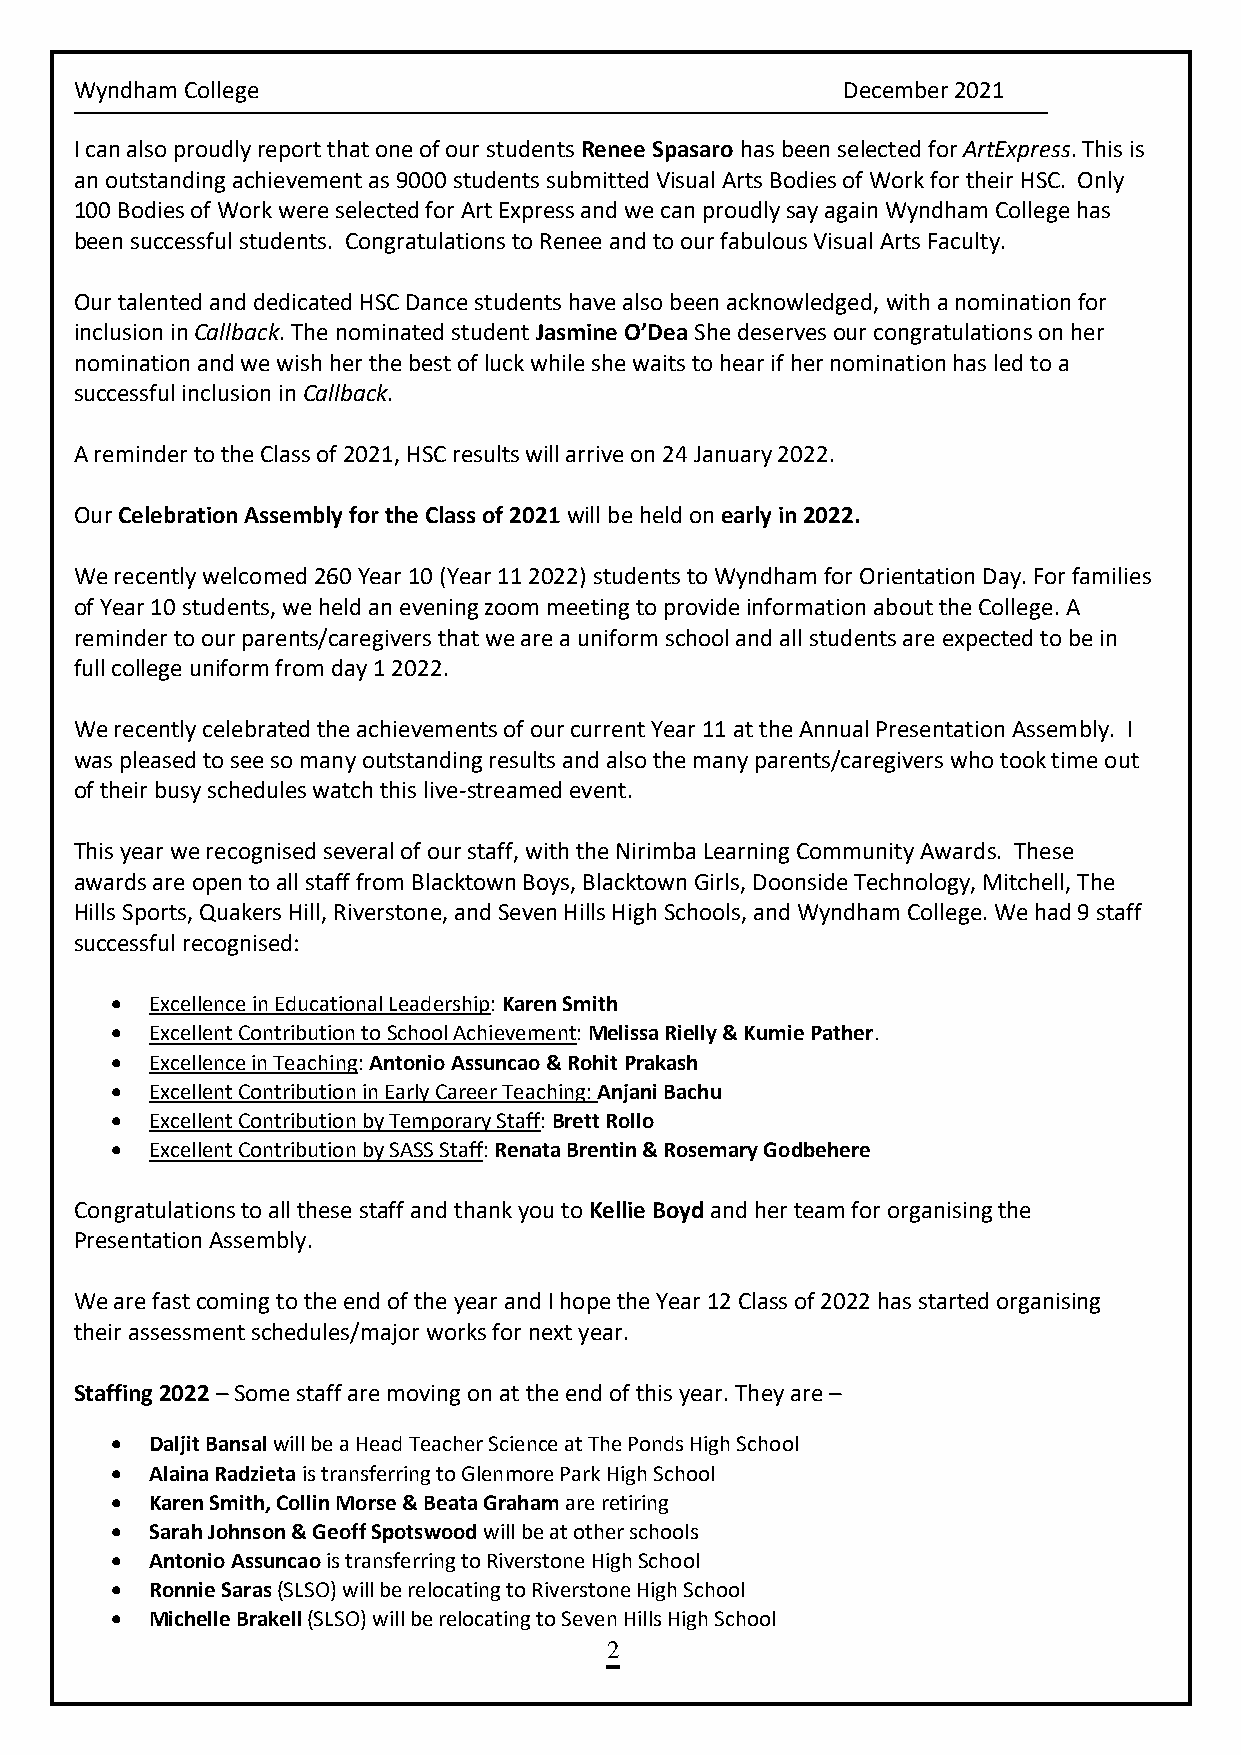
Wyndham College                                    December 2021
 I can also proudly report that one of our students Renee Spasaro has been selected for ArtExpress. This is
 an outstanding achievement as 9000 students submitted Visual Arts Bodies of Work for their HSC. Only
 100 Bodies of Work were selected for Art Express and we can proudly say again Wyndham College has
 been successful students. Congratulations to Renee and to our fabulous Visual Arts Faculty.
 Our talented and dedicated HSC Dance students have also been acknowledged, with a nomination for
 inclusion in Callback. The nominated student Jasmine O’Dea She deserves our congratulations on her
 nomination and we wish her the best of luck while she waits to hear if her nomination has led to a
 successful inclusion in Callback.
 A reminder to the Class of 2021, HSC results will arrive on 24 January 2022.
 Our Celebration Assembly for the Class of 2021 will be held on early in 2022.
 We recently welcomed 260 Year 10 (Year 11 2022) students to Wyndham for Orientation Day. For families
 of Year 10 students, we held an evening zoom meeting to provide information about the College. A
 reminder to our parents/caregivers that we are a uniform school and all students are expected to be in
 full college uniform from day 1 2022.
 We recently celebrated the achievements of our current Year 11 at the Annual Presentation Assembly. I
 was pleased to see so many outstanding results and also the many parents/caregivers who took time out
 of their busy schedules watch this live-streamed event.
 This year we recognised several of our staff, with the Nirimba Learning Community Awards. These
 awards are open to all staff from Blacktown Boys, Blacktown Girls, Doonside Technology, Mitchell, The
 Hills Sports, Quakers Hill, Riverstone, and Seven Hills High Schools, and Wyndham College. We had 9 staff
 successful recognised:
 •  Excellence in Educational Leadership: Karen Smith
 •  Excellent Contribution to School Achievement: Melissa Rielly & Kumie Pather.
 •  Excellence in Teaching: Antonio Assuncao & Rohit Prakash
 •  Excellent Contribution in Early Career Teaching: Anjani Bachu
 •  Excellent Contribution by Temporary Staff: Brett Rollo
 •  Excellent Contribution by SASS Staff: Renata Brentin & Rosemary Godbehere
 Congratulations to all these staff and thank you to Kellie Boyd and her team for organising the
 Presentation Assembly.
 We are fast coming to the end of the year and I hope the Year 12 Class of 2022 has started organising
 their assessment schedules/major works for next year.
 Staffing 2022 – Some staff are moving on at the end of this year. They are –
 •  Daljit Bansal will be a Head Teacher Science at The Ponds High School
 •  Alaina Radzieta is transferring to Glenmore Park High School
 •  Karen Smith, Collin Morse & Beata Graham are retiring
 •  Sarah Johnson & Geoff Spotswood will be at other schools
 •  Antonio Assuncao is transferring to Riverstone High School
 •  Ronnie Saras (SLSO) will be relocating to Riverstone High School
 •  Michelle Brakell (SLSO) will be relocating to Seven Hills High School
 2